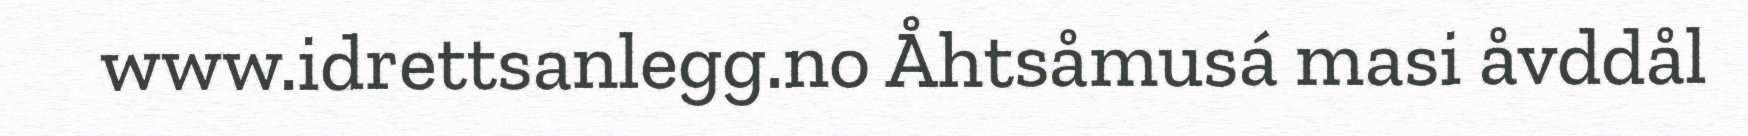
www.idrettsanlegg.no Åhtsåmusá masi åvddål